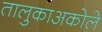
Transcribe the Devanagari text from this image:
तालुकाअकोले